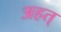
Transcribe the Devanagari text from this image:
अहत्